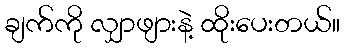
ချက်ကို လျှာဖျားနဲ့ ထိုးပေးတယ်။